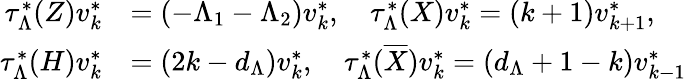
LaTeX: \begin{array}{rl}{\tau_{\Lambda}^{*}(Z)v_{k}^{*}}&{=(-\Lambda_{1}-\Lambda_{2})v_{k}^{*},\quad\tau_{\Lambda}^{*}(X)v_{k}^{*}=(k+1)v_{k+1}^{*},}\\ {\tau_{\Lambda}^{*}(H)v_{k}^{*}}&{=(2k-d_{\Lambda})v_{k}^{*},\quad\tau_{\Lambda}^{*}(\overline{{X}})v_{k}^{*}=(d_{\Lambda}+1-k)v_{k-1}^{*}}\end{array}